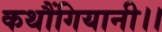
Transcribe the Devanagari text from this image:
कथौंगियानी।।